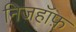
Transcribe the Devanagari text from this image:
निजहॉफ़